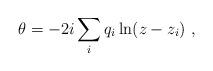
LaTeX: \begin{align*}\theta = - 2i \sum_i q_i \ln (z - z_i)\ ,\end{align*}